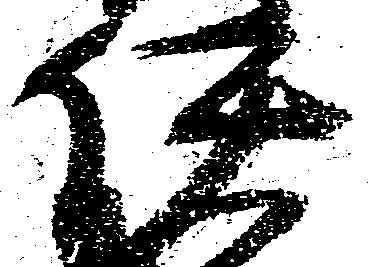
伊